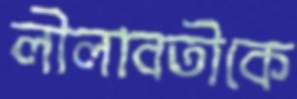
লীলাবতীকে